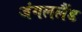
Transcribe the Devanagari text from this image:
जंगललैंड